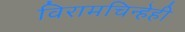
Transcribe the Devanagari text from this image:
विरामचिन्हेही